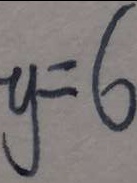
y = 6